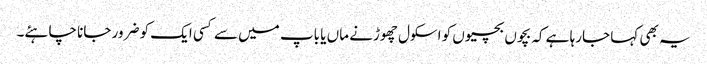
یہ بھی کہا جارہا ہے کہ بچوں بچیوں کو اسکول چھوڑنے ماں یا باپ میں سے کسی ایک کو ضرور جانا چاہئے۔